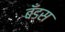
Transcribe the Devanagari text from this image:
बँड्स